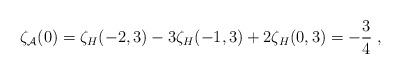
LaTeX: \begin{align*}\zeta_{\cal A}(0)=\zeta_{H}(-2,3)-3\zeta_{H}(-1,3)+2 \zeta_{H}(0,3)=-{3\over 4} \; ,\end{align*}